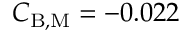
C _ { \mathrm { B , M } } = - 0 . 0 2 2